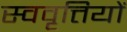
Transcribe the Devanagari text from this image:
स्ववृत्तियों